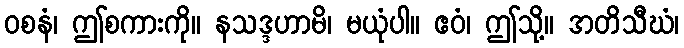
ဝစနံ၊ ဤစကားကို။ နသဒ္ဒဟာမိ၊ မယုံပါ။ ဧဝံ၊ ဤသို့။ အတိသီဃံ၊